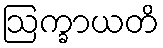
ဩက္ခာယတိ